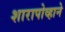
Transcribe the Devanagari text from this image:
शारापोव्हाने